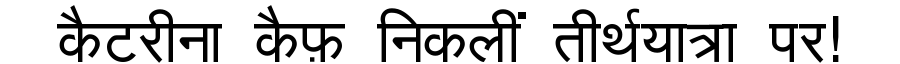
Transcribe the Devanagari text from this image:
कैटरीना कैफ़ निकलीं तीर्थयात्रा पर!